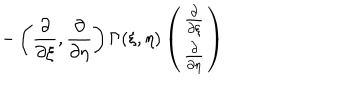
LaTeX: - \left( \frac { \partial } { \partial \xi } , \frac { \partial } { \partial \eta } \right) \Gamma ( \xi , \eta ) \left( \begin{array} { c } { { \frac { \partial } { \partial \xi } } } \\ { { \frac { \partial } { \partial \eta } } } \\ \end{array} \right)